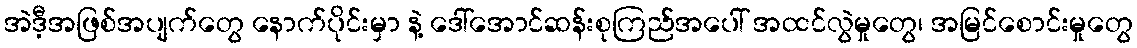
အဲဒီ့အဖြစ်အပျက်တွေ နောက်ပိုင်းမှာ နဲ့ ဒေါ်အောင်ဆန်းစုကြည်အပေါ် အထင်လွဲမှုတွေ၊ အမြင်စောင်းမှုတွေ